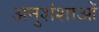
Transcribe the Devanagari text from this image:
अनुशंशाओं